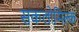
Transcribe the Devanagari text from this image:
सकलोमिल्क